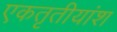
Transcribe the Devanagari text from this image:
एकतृतीयांश